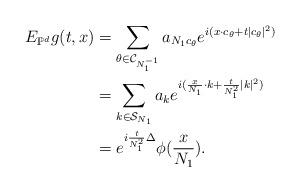
LaTeX: \begin{align*}E_{\mathbb{P}^d} g (t,x)&= \sum_{ \theta \in \mathcal{C}_{N_1^{-1}} } a_{ N_1c_\theta } e^{ i( x\cdot c_\theta + t|c_\theta|^2 ) } \\&= \sum_{ k \in \mathcal{S}_{N_1} } a_{ k } e^{ i( \frac{x}{N_1}\cdot k + \frac{t}{N_1^2}|k|^2 ) } \\&= e^{i \frac{t}{N_1^2} \Delta} \phi(\frac{x}{N_1}).\end{align*}